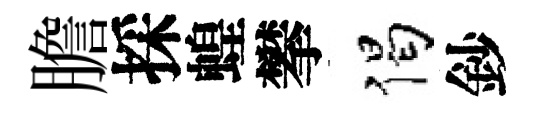
膽採蝗攀偈鈔